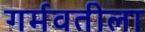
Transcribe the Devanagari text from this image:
गर्मवतीला